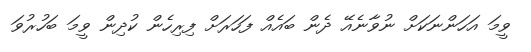
ވީމަ އަހަންނަކަށް ނުވާނެއޭ ދެން ބައެއް ފަހަރަށް ފިރިހެން ކުދިން ވީމަ ބަހުރުވަ